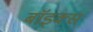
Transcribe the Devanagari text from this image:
बाॅइक्स